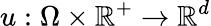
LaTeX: u:\Omega\times\mathbb{R}^{+}\rightarrow\mathbb{R}^{d}